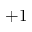
+ 1